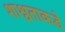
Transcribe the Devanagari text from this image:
शाश्वताकडे